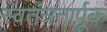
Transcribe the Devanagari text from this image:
स्वतंत्रतार्पूक